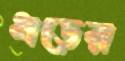
ধড়ের